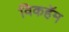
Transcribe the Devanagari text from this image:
विकहॅम